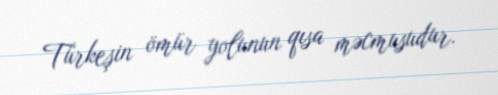
Türkeşin ömür yolunun qısa məcmusudur.